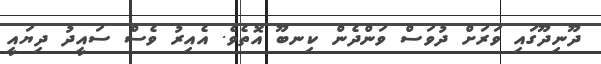
ދޫނިދޫގައި ވަރަށް ދުވަސް ވަންދެން ކިނބޫ އޮތެވެ. އެއިރު ވެސް ސައީދު ދިޔައީ